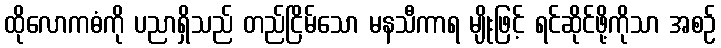
ထိုလောကဓံကို ပညာရှိသည် တည်ငြိမ်သော မနသီကာရ မျိုးဖြင့် ရင်ဆိုင်ဖို့ကိုသာ အစဉ်